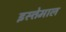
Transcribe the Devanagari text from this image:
इस्त्तेमाल